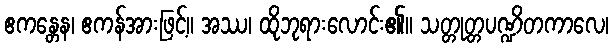
ဧကန္တေန၊ ဧကန်အားဖြင့်။ အဿ၊ ထိုဘုရားလောင်း၏။ သတ္တုတ္တပဏ္ဍိတကာလေ၊